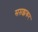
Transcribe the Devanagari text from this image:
सम़झकर